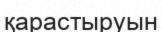
қарастыруын